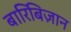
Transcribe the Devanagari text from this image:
बारिबिज़ान